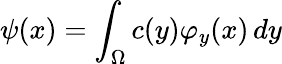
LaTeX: \psi(x)=\int_{\Omega}c(y)\varphi_{y}(x)\, dy